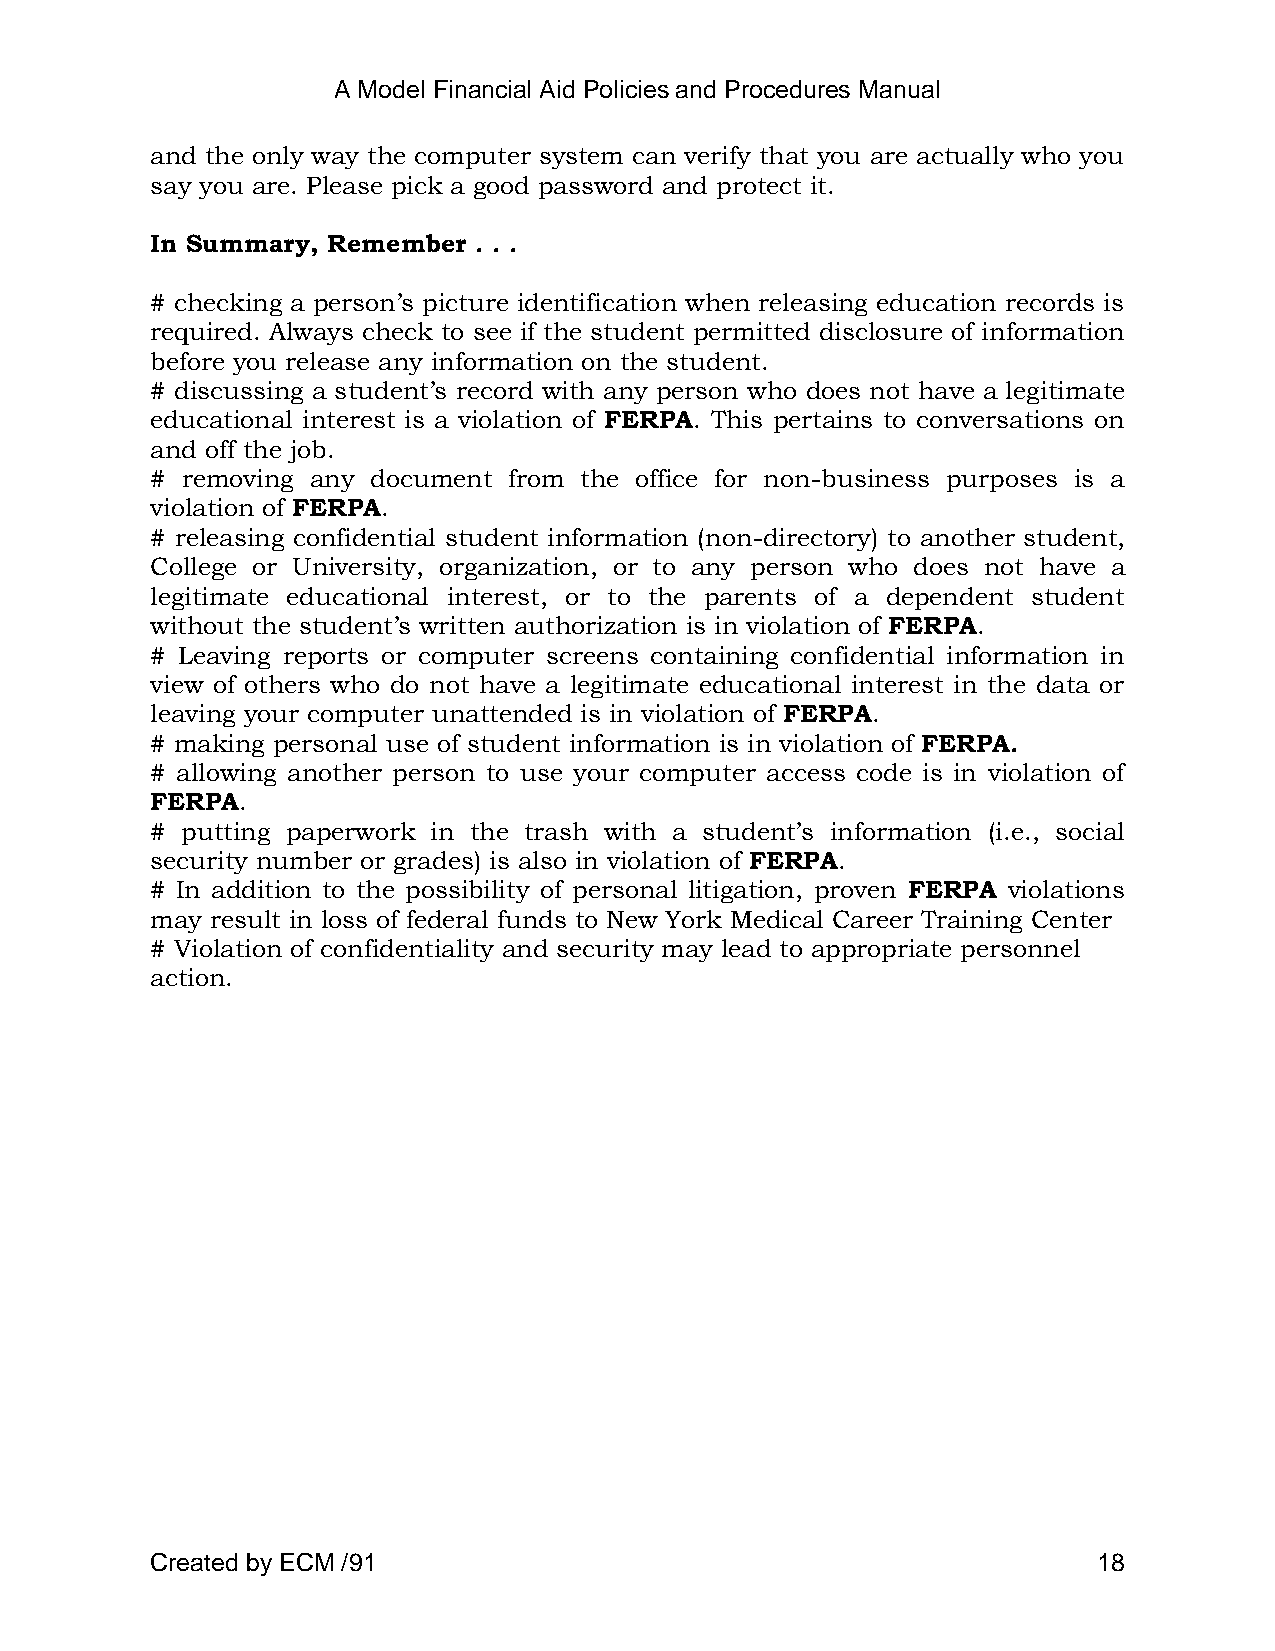
A Model Financial Aid Policies and Procedures Manual
 and the only way the computer system can verify that you are actually who you
 say you are. Please pick a good password and protect it.
 In Summary, Remember . . .
 # checking a person‘s picture identification when releasing education records is
 required. Always check to see if the student permitted disclosure of information
 before you release any information on the student.
 # discussing a student‘s record with any person who does not have a legitimate
 educational interest is a violation of FERPA. This pertains to conversations on
 and off the job.
 # removing any document from the office for non-business purposes is a
 violation of FERPA.
 # releasing confidential student information (non-directory) to another student,
 College or University, organization, or to any person who does not have a
 legitimate educational interest, or to the parents of a dependent student
 without the student‘s written authorization is in violation of FERPA.
 # Leaving reports or computer screens containing confidential information in
 view of others who do not have a legitimate educational interest in the data or
 leaving your computer unattended is in violation of FERPA.
 # making personal use of student information is in violation of FERPA.
 # allowing another person to use your computer access code is in violation of
 FERPA.
 # putting paperwork in the trash with a student‘s information (i.e., social
 security number or grades) is also in violation of FERPA.
 # In addition to the possibility of personal litigation, proven FERPA violations
 may result in loss of federal funds to New York Medical Career Training Center
 # Violation of confidentiality and security may lead to appropriate personnel
 action.
 Created by ECM /91                                             18